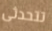
تتحدثى